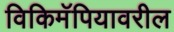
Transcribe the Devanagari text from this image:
विकिमॅपियावरील